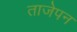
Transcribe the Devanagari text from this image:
ताजेपन